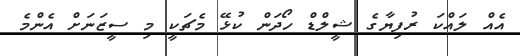
އެއް ލައްކަ ރުފިޔާގެ ޝީލްޑް ހޯދަން ކުޅޭ މެޗަކީ މި ސީޒަނަށް އެންމެ